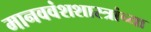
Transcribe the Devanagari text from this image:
मानववंशशास्त्रांच्या